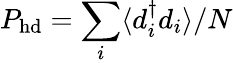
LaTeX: P_{\mathrm{hd}}=\sum_{i}\langle d_{i}^{\dagger}d_{i}\rangle/N